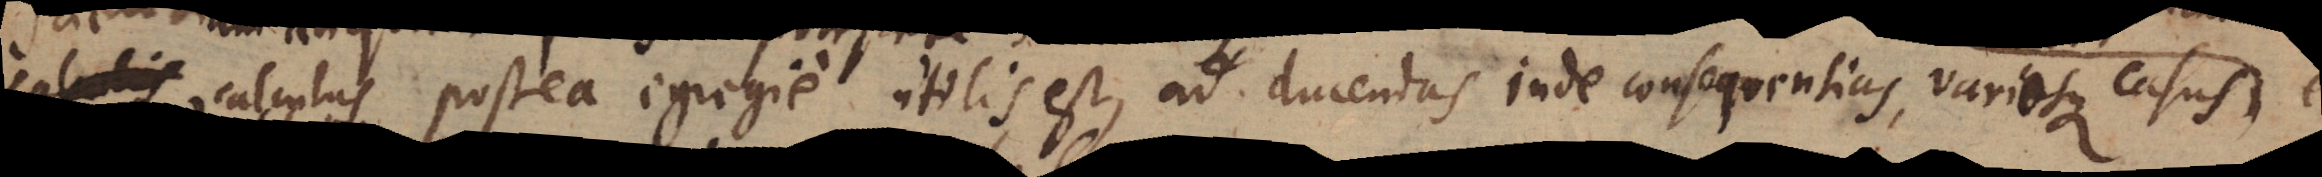
calculis calculus postea egregie utilis est, ad ducendas inde consequentias, variosque casus